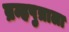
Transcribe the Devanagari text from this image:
ब्रम्हपुत्राला